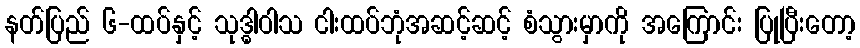
နတ်ပြည် ၆-ထပ်နှင့် သုဒ္ဓါဝါသ ငါးထပ်ဘုံအဆင့်ဆင့် စံသွားမှာကို အကြောင်း ပြုပြီးတော့